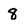
Character: 8